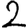
Digit: 2